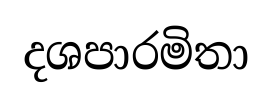
දශපාරමිතා